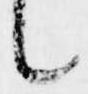
候